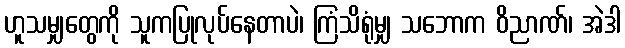
ဟူသမျှတွေကို သူကပြုလုပ်နေတာပဲ၊ ကြံသိရုံမျှ သဘောက ဝိညာဏ်၊ အဲဒါ